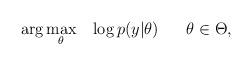
LaTeX: \begin{align*} \begin{aligned} & \arg \underset{\theta}{\max} & & \log p(y|\theta) & & & \theta \in \Theta, \end{aligned}\end{align*}